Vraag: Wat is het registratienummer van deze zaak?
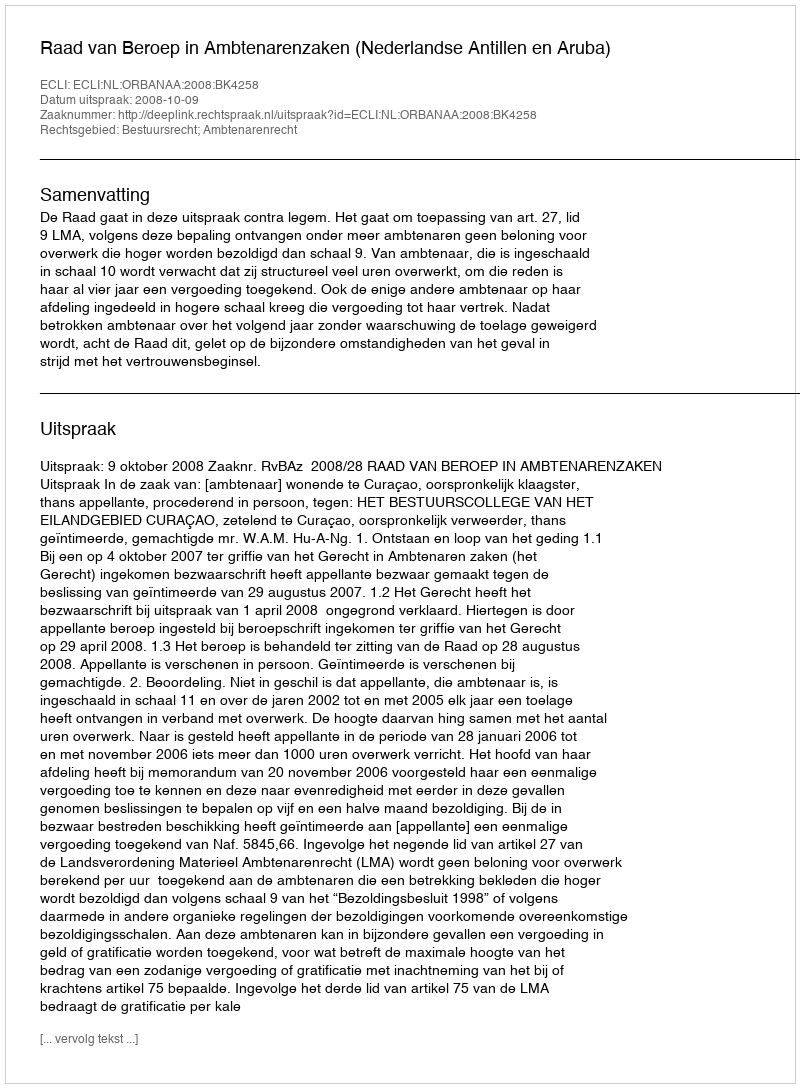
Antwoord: http://deeplink.rechtspraak.nl/uitspraak?id=ECLI:NL:ORBANAA:2008:BK4258